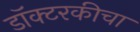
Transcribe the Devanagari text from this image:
डॉक्टरकीचा